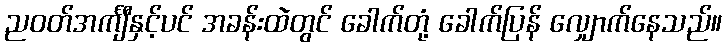
ညဝတ်အင်္ကျီနှင့်ပင် အခန်းထဲတွင် ခေါက်တုံ့ ခေါက်ပြန် လျှောက်နေသည်။